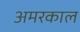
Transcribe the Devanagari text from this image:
अमरकाल